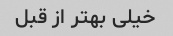
خیلی بهتر از قبل